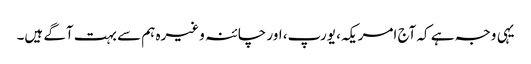
یہی وجہ ہے کہ آج امریکہ، یورپ، اور چائنہ وغیرہ ہم سے بہت آگے ہیں۔